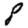
Digit: 8